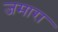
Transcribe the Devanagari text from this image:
जमारा